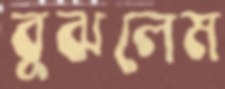
বুঝলেম